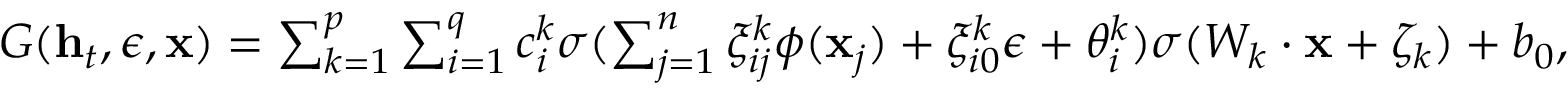
\begin{array} { r } { G ( \mathbf { h } _ { t } , \epsilon , \mathbf { x } ) = \sum _ { k = 1 } ^ { p } \sum _ { i = 1 } ^ { q } c _ { i } ^ { k } \sigma ( \sum _ { j = 1 } ^ { n } \xi _ { i j } ^ { k } \phi ( \mathbf { x } _ { j } ) + \xi _ { i 0 } ^ { k } \epsilon + \theta _ { i } ^ { k } ) \sigma ( W _ { k } \cdot \mathbf { x } + \zeta _ { k } ) + b _ { 0 } , } \end{array}